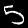
Digit: 5